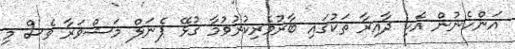
އަންހެނުން އެކި ދާއިރާ ތަކުގައި ބާރުވެރިކުރުވުމާ ގުޅޭ ޕެނަލް މަޝްވަރާ ވެސް މި